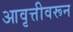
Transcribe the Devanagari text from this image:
आवृत्तीवरून